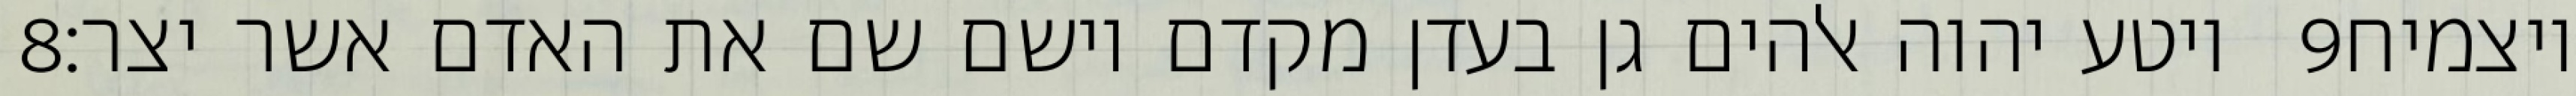
‎8‏ ויטע יהוה אלהים גן בעדן מקדם וישם שם את האדם אשר יצר׃ ‎9‏ ויצמיח